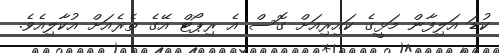
ކުޑަ އަލިފާން މަޅީގެ ކައިރިއަށް ގޮސް އެ ރިޕޯޓް އޭގެ ތެރެއަށް އުކާލިއެވެ.